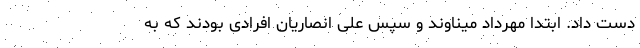
دست داد. ابتدا مهرداد میناوند و سپس علی انصاریان افرادی بودند که به